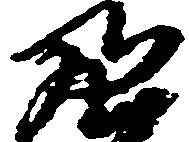
亮